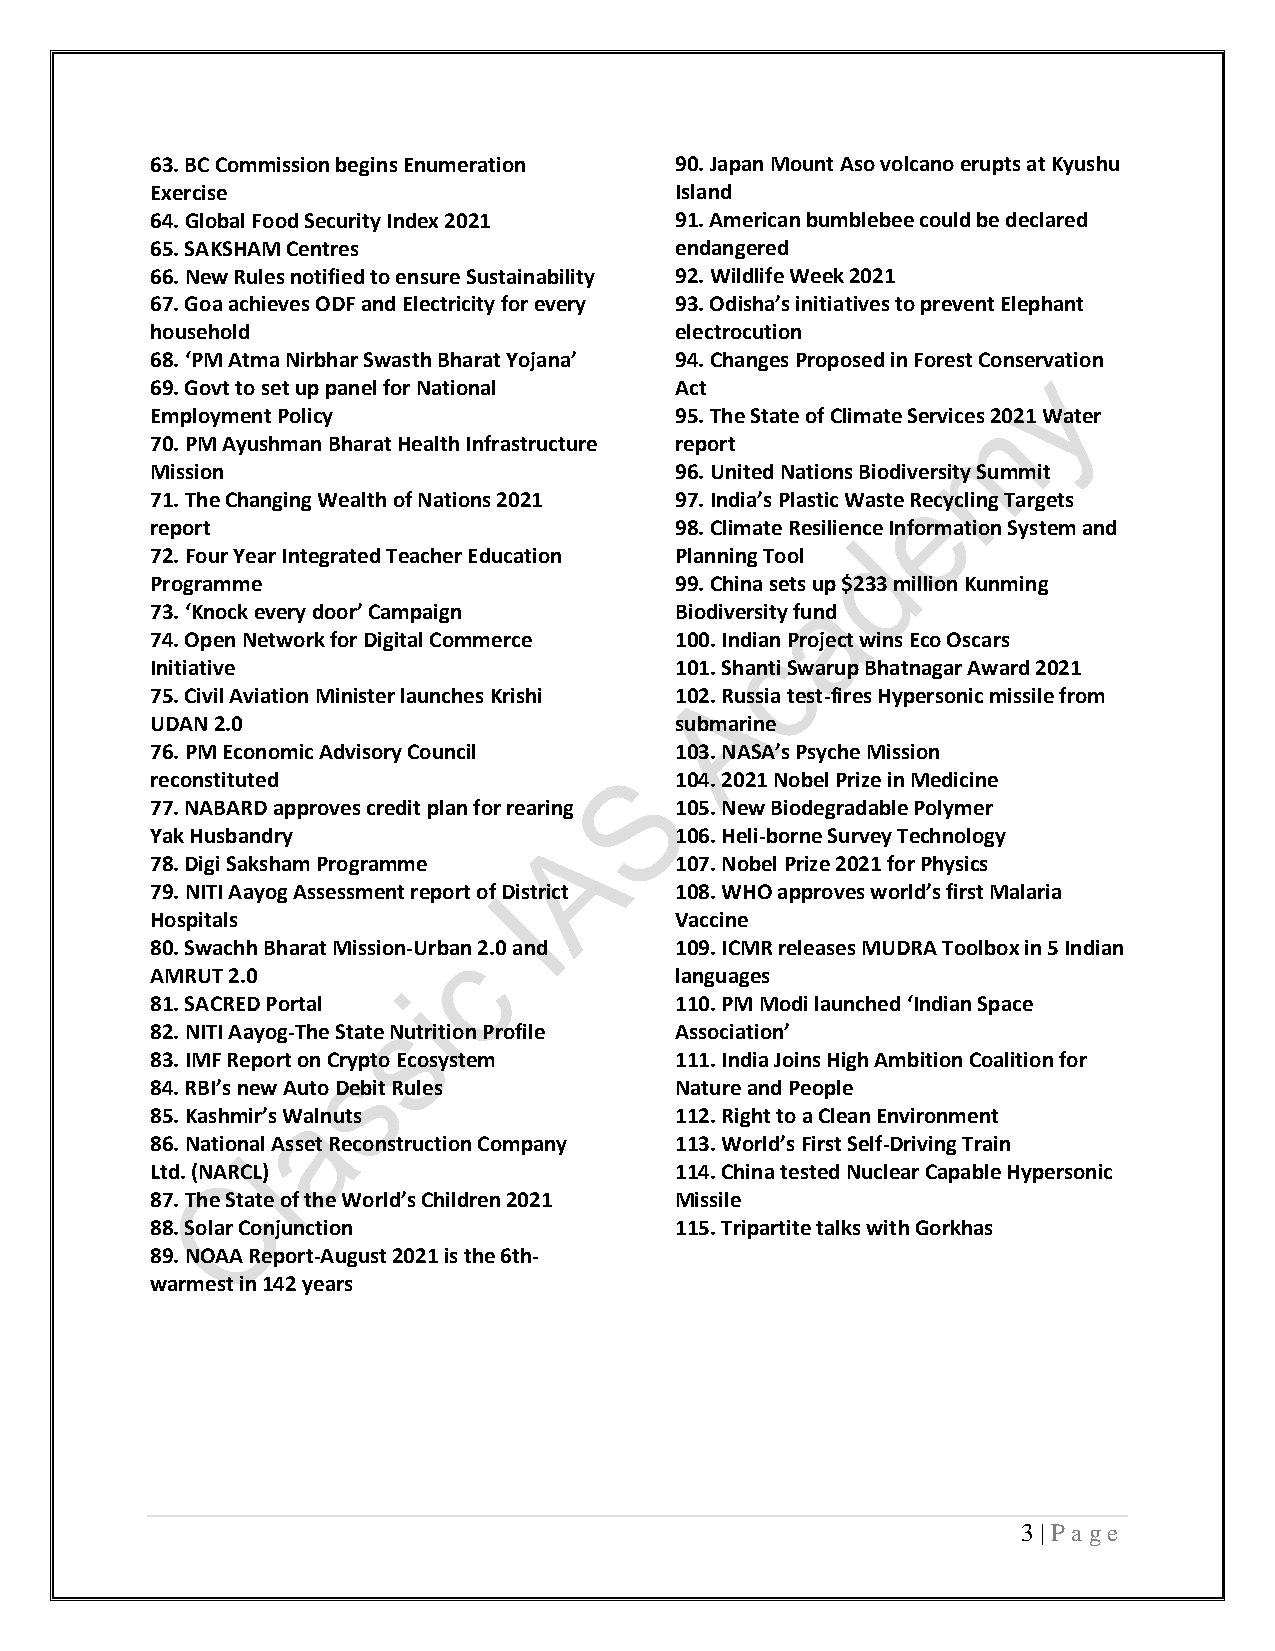
63. BC Commission begins Enumeration 90. Japan Mount Aso volcano erupts at Kyushu
 Exercise                           Island
 64. Global Food Security Index 2021 91. American bumblebee could be declared
 65. SAKSHAM Centres                endangered
 66. New Rules notified to ensure Sustainability 92. Wildlife Week 2021
 67. Goa achieves ODF and Electricity for every 93. Odisha’s initiatives to prevent Elephant
 household                          electrocution
 68. ‘PM Atma Nirbhar Swasth Bharat Yojana’ 94. Changes Proposed in Forest Conservation
 69. Govt to set up panel for National Act
 Employment Policy                  95. The State of Climate Services 2021 Water
 70. PM Ayushman Bharat Health Infrastructure report
 Mission                            96. United Nations Biodiversity Summit
 71. The Changing Wealth of Nations 2021 97. India’s Plastic Waste Recycling Targets
 report                             98. Climate Resilience Information System and
 72. Four Year Integrated Teacher Education Planning Tool
 Programme                          99. China sets up $233 million Kunming
 73. ‘Knock every door’ Campaign    Biodiversity fund
 74. Open Network for Digital Commerce 100. Indian Project wins Eco Oscars
 Initiative                         101. Shanti Swarup Bhatnagar Award 2021
 75. Civil Aviation Minister launches Krishi 102. Russia test-fires Hypersonic missile from
 UDAN 2.0                           submarine
 76. PM Economic Advisory Council   103. NASA’s Psyche Mission
 reconstituted                      104. 2021 Nobel Prize in Medicine
 77. NABARD approves credit plan for rearing 105. New Biodegradable Polymer
 Yak Husbandry                      106. Heli-borne Survey Technology
 78. Digi Saksham Programme         107. Nobel Prize 2021 for Physics
 79. NITI Aayog Assessment report of District 108. WHO approves world’s first Malaria
 Hospitals                          Vaccine
 80. Swachh Bharat Mission-Urban 2.0 and 109. ICMR releases MUDRA Toolbox in 5 Indian
 AMRUT 2.0                          languages
 81. SACRED Portal                  110. PM Modi launched ‘Indian Space
 82. NITI Aayog-The State Nutrition Profile Association’
 83. IMF Report on Crypto Ecosystem 111. India Joins High Ambition Coalition for
 84. RBI’s new Auto Debit Rules     Nature and People
 85. Kashmir’s Walnuts              112. Right to a Clean Environment
 86. National Asset Reconstruction Company 113. World’s First Self-Driving Train
 Ltd. (NARCL)                       114. China tested Nuclear Capable Hypersonic
 87. The State of the World’s Children 2021 Missile
 88. Solar Conjunction              115. Tripartite talks with Gorkhas
 89. NOAA Report-August 2021 is the 6th-
 warmest in 142 years
 3 | P a ge